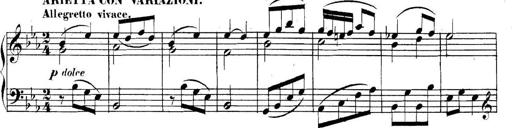
Title: Collected Piano Sonatas
Composer: Muzio Clementi